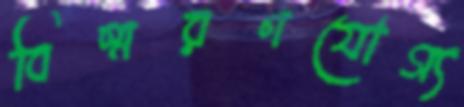
বিস্মরণযোগ্য